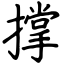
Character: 撑